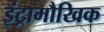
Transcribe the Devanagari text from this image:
इंट्रामौखिक